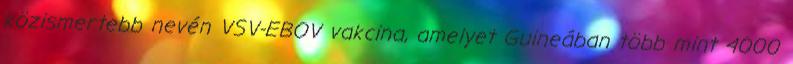
közismertebb nevén VSV-EBOV vakcina, amelyet Guineában több mint 4000